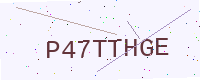
Text: P47TTHGE